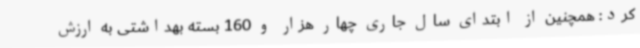
کرد: همچنین از ابتدای سال جاری چهار هزار و 160 بسته بهداشتی به ارزش